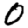
Digit: 0